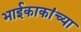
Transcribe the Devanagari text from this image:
भाईकाकांच्या